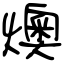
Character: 燠